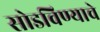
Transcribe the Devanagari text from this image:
सोडविण्याचे